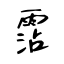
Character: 霑